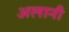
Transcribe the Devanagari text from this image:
अलानी